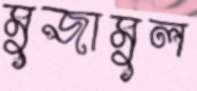
মুজামুল